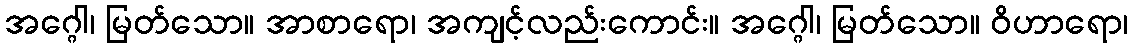
အဂ္ဂေါ၊ မြတ်သော။ အာစာရော၊ အကျင့်လည်းကောင်း။ အဂ္ဂေါ၊ မြတ်သော။ ဝိဟာရော၊